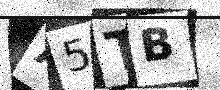
Text: A5TB